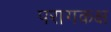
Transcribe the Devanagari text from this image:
परागकक्ष